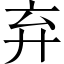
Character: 弃